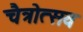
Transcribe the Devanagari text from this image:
चैत्रोत्सव